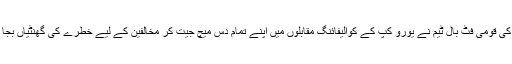
جرمنی کی قومی فٹ بال ٹیم نے یورو کپ کے کوالیفائنگ مقابلوں میں اپنے تمام دس میچ جیت کر مخالفین کے لیے خطرے کی گھنٹیاں بجا دی ہیں۔